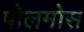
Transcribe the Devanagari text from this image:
पोलमोस